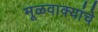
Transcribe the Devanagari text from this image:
मूळवाक्यांचे